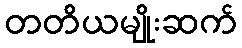
တတိယမျိုးဆက်